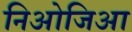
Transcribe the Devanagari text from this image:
निओजिआ